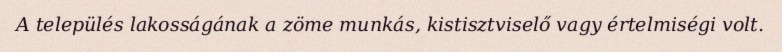
A település lakosságának a zöme munkás, kistisztviselő vagy értelmiségi volt.